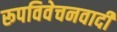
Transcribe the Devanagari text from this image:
रूपविवेचनवादी